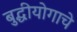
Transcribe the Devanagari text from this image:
बुद्धीयोगाचे